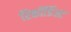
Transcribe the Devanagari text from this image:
रिकॉर्डिस्ट